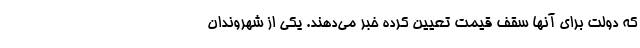
که دولت برای آنها سقف قیمت تعیین کرده خبر می‌دهند. یکی از شهروندان